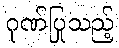
ဂုဏ်ပြုသည့်